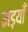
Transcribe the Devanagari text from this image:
मड़याँ